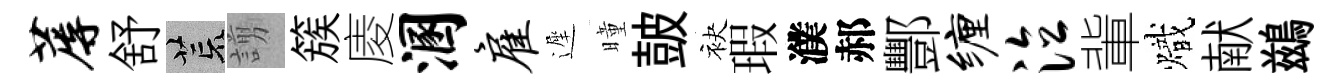
蓐舒荒謭簇庱溷雇遲曈皷袂瑕濮郝酆缠泣軰熾献鷀